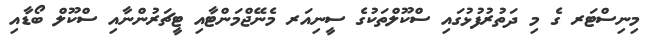
މިނިސްޓަރ ގެ މި ދަތުރުފުޅުގައި ސްކޫލްތަކުގެ ސީނިއަރ މެނޭޖްމަންޓާއި ޓީޗަރުންނާއި ސްކޫލް ބޯޑާއި